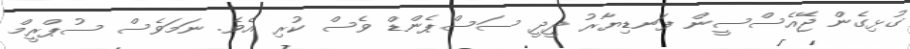
ގުޅިގެން ޖޭއެސްސީން ފަނޑިޔާރު ދީދީ ސަސްޕެންޑް ވެސް ކުރި އެވެ. ނަމަވެސް ސުޕްރީމް